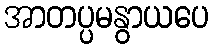
အာတပ္ပမနွာယပေ